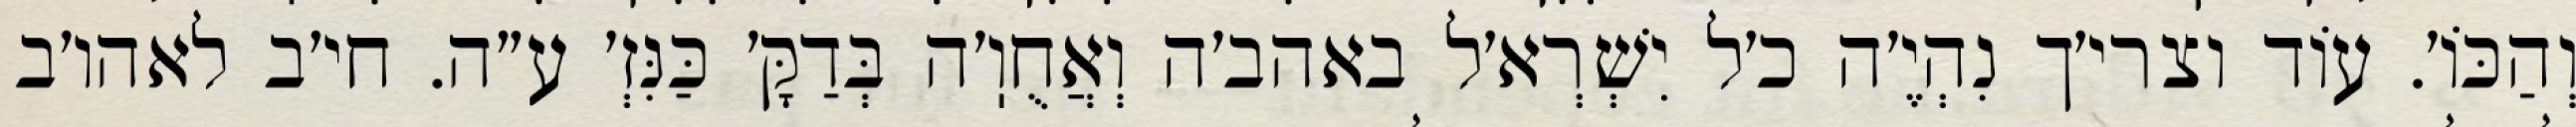
וְהַכּוֹ׳. עוֹד וצרי׳ך נִהְיֶ׳ה כ׳ל יִשְׁרְא׳ל באהב׳ה וְאֲחֻוֽ׳ה בְּדַקָּ׳ כַּנִּזְ׳ ע״ה. חי׳ב לאהו׳ב